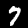
Digit: 7